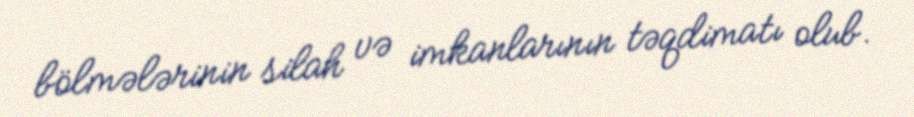
bölmələrinin silah və imkanlarının təqdimatı olub.